画像に写った文字を読んでください
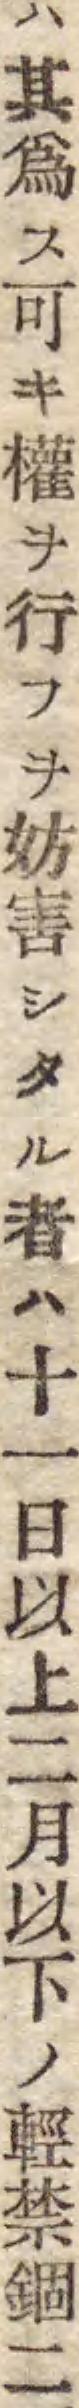
「ハ其爲ス可キ權ヲ行フヲ妨害シタル者ハ十一日以上二月以下ノ輕禁錮二」と書いてあります